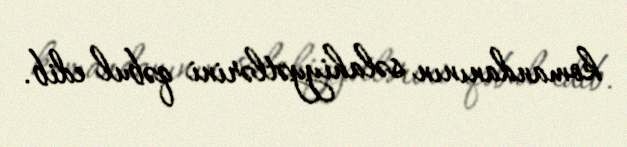
komandanının səlahiyyətlərini qəbul edib.